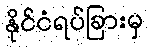
နိုင်ငံရပ်ခြားမှ